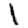
Digit: 1